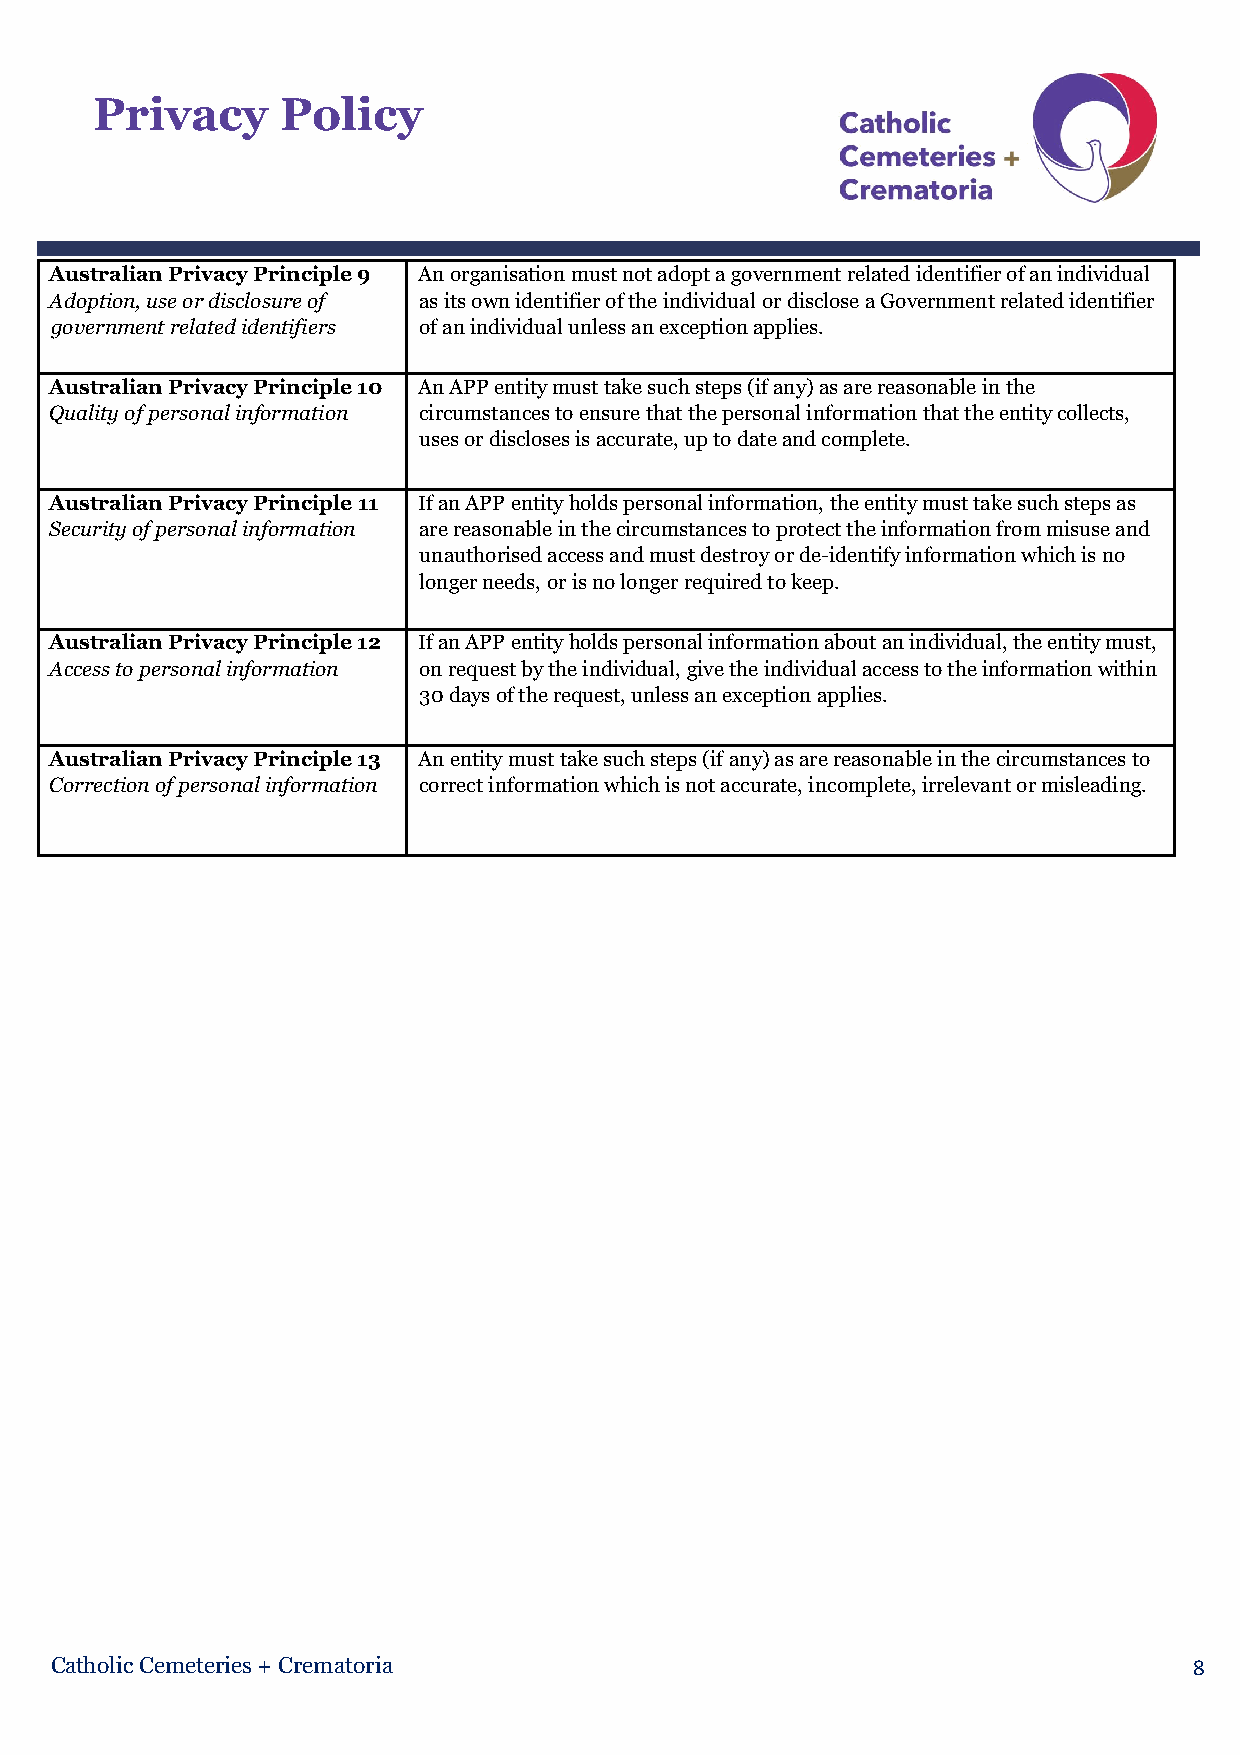
Privacy      Policy
 Australian Privacy Principle 9 An organisation must not adopt a government related identifier of an individual
 Adoption, use or disclosure of as its own identifier of the individual or disclose a Government related identifier
 government related identifiers of an individual unless an exception applies.
 Australian Privacy Principle 10 An APP entity must take such steps (if any) as are reasonable in the
 Quality of personal information circumstances to ensure that the personal information that the entity collects,
 uses or discloses is accurate, up to date and complete.
 Australian Privacy Principle 11 If an APP entity holds personal information, the entity must take such steps as
 Security of personal information are reasonable in the circumstances to protect the information from misuse and
 unauthorised access and must destroy or de-identify information which is no
 longer needs, or is no longer required to keep.
 Australian Privacy Principle 12 If an APP entity holds personal information about an individual, the entity must,
 Access to personal information on request by the individual, give the individual access to the information within
 30 days of the request, unless an exception applies.
 Australian Privacy Principle 13 An entity must take such steps (if any) as are reasonable in the circumstances to
 Correction of personal information correct information which is not accurate, incomplete, irrelevant or misleading.
 Catholic Cemeteries + Crematoria                                            8